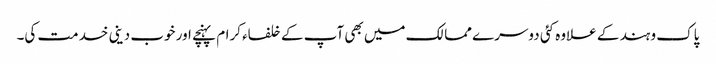
پاک و ہند کے علاوہ کئی دوسرے ممالک میں بھی آپ کے خلفاء کرام پہنچے اور خوب دینی خدمت کی۔